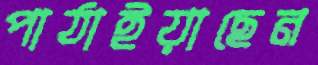
পাঠাইয়াছেন